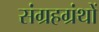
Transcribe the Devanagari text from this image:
संग्रहग्रंथों